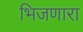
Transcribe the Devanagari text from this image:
भिजणारा